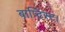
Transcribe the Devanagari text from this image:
बाप्टिस्ट।